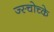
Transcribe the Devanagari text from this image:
ज्स्चोच्के